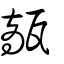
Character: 甋